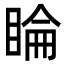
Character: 睔